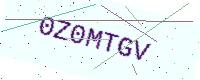
Text: 0Z0MTGV